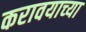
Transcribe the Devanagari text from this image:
करावयाच्‍या